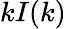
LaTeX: kI(k)